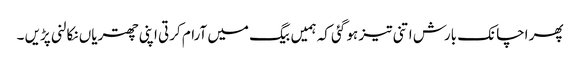
پھر اچانک بارش اتنی تیز ہو گئی کہ ہمیں بیگ میں آرام کرتی اپنی چھتریاں نکالنی پڑیں ۔